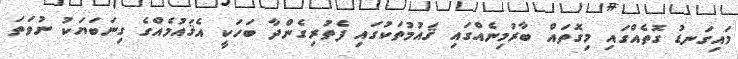
މައިގަނޑު ގޮތެއްގައި މިގޮތައް ބާރުމިނެއްގައި ޤައުމުތަކުގައި ފެތުރިގެންދާ ބަހަކީ އެޤައުމެއްގެ ގިނަބަޔަކު ނުވަތަ